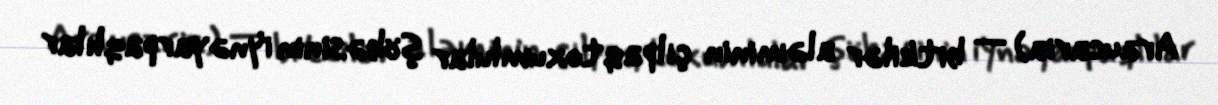
Araucaria) — bitkilər aləminin çılpaqtoxumlular şöbəsinin i̇ynəyarpaqlılar